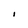
Character: I